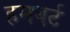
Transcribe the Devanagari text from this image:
हमबर्ट